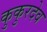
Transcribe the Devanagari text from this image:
कुकुरदेव